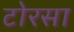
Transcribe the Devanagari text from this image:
टोरसा